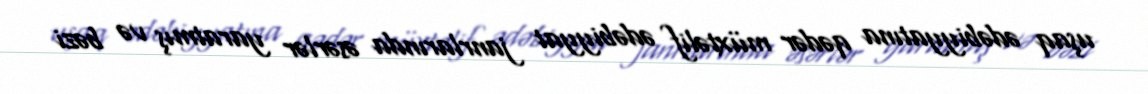
uşaq ədəbiyyatına qədər müxtəlif ədəbiyyat janrlarında əsərlər yaratmış və bəzi